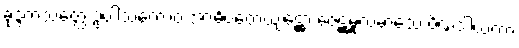
ခုဒ္ဒကသတ္ထေ ဥပါသကောဝ အာဓိပတေယျဋ္ဌော ဇေဋ္ဌမူလမာသေ ပိဏ္ဍဒါယကာ